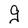
Character: g